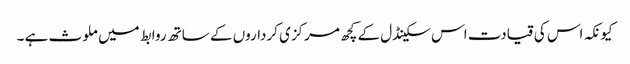
کیونکہ اس کی قیادت اس سکینڈل کے کچھ مرکزی کرداروں کے ساتھ روابط میں ملوث ہے ۔